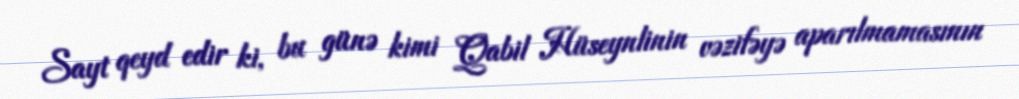
Sayt qeyd edir ki, bu günə kimi Qabil Hüseynlinin vəzifəyə aparılmamasının